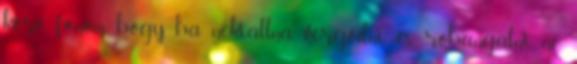
köré fonom, hogy ha nekiállna vergődni, és rohangálni, ne